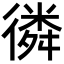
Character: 𢕸